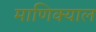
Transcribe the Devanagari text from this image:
माणिक्याल